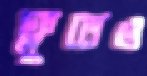
ফ্লুতেও